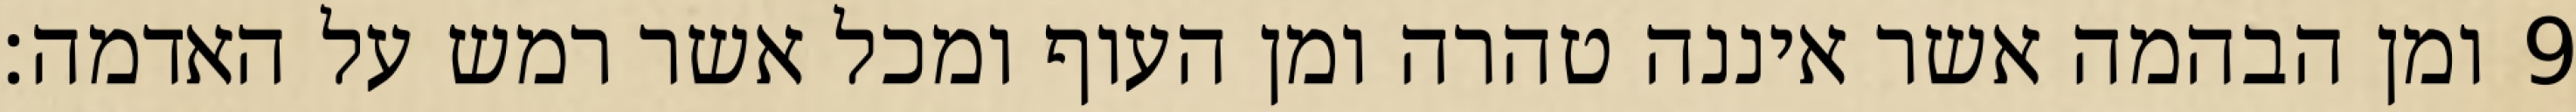
ומן הבהמה אשר איננה טהרה ומן העוף ומכל אשר רמש על האדמה׃ ‎9‏